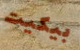
بيكيت